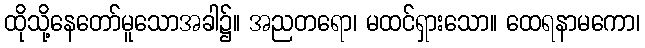
ထိုသို့နေတော်မူသောအခါ၌။ အညတရော၊ မထင်ရှားသော။ ထေရနာမကော၊